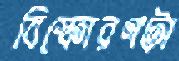
বিস্ফোরণটা